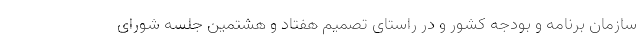
سازمان برنامه و بودجه کشور و در راستای تصمیم هفتاد و هشتمین جلسه شورای